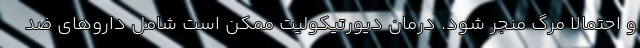
و احتمالا مرگ منجر شود. درمان دیورتیکولیت ممکن است شامل داروهای ضد